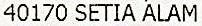
40170 SETIA ALAM